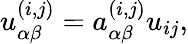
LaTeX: u_{\alpha\beta}^{(i,j)}=a_{\alpha\beta}^{(i,j)}u_{ij},